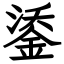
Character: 鋈